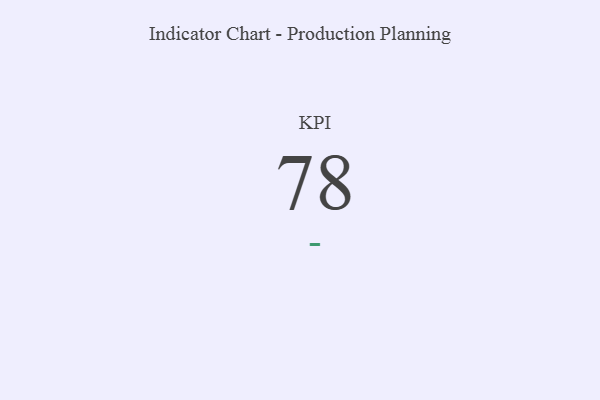
{"axis": {"x": "KPI", "y": "Value"}, "legend": [""], "data": [{"x": "KPI", "y": 78, "type": ""}]}